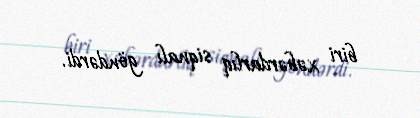
biri xəbərdarlıq siqnalı göndərdi.